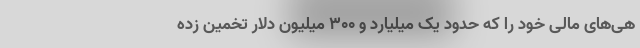
هی‌های مالی خود را که حدود یک میلیارد و 300 میلیون دلار تخمین زده